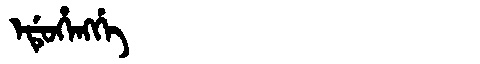
Manchu: ᡝᡩᡠᡥᡝᠩᡤᡝ
Romanization: EDUHENGGE